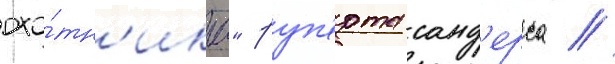
охо́тн'ика" руп'ерта санд'ерса //